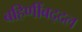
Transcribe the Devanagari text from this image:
बहिणींबद्दल